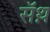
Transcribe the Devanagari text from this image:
सॅथ़